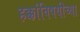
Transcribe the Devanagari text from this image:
हक्कांविषयीच्या